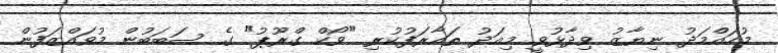
މުހައްމަދު ނިޔާޒު ވިދާޅުވީ މިއަދު ތައާރަފުކުރި "ވޯކް ގްރޫޕު" ގެ ސަބަބުން މުވައްޒަފުން